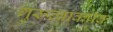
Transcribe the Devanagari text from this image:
गुरूत्वाकर्षक